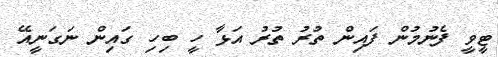
ޓީވީ ފެނުމުން ފައިން ތުރު ތުރު އަޅާ ހީ ބިހި ގައިން ނަގަނީއޭ